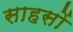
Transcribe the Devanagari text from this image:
साहसों